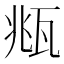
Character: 𤭈